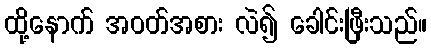
ထို့နောက် အဝတ်အစား လဲ၍ ခေါင်းဖြီးသည်။